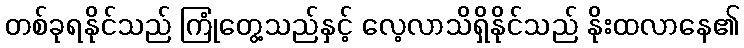
တစ်ခုရနိုင်သည် ကြုံတွေ့သည်နှင့် လေ့လာသိရှိနိုင်သည် နိုးထလာနေ၏